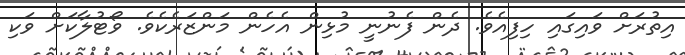
އިތުރަށް ވައިގައި ހިފިއެވެ. ދެން ފެނުނީ މުޅިން އެހެން މަންޒަރެކެވެ. ވޯޓުލާކަށް ވަކި